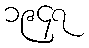
၁၉၄၇